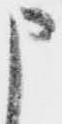
申